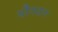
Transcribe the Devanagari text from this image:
यौगदान